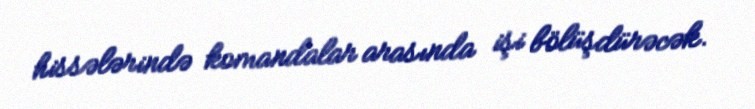
hissələrində komandalar arasında işi bölüşdürəcək.